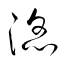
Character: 滔